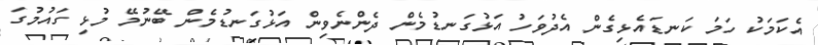
އެކަމަކު ހަމަ ކަނޑައެޅިގެން އެދުވަހު އަޅުގަނޑުމެން ދެންނެވިން އަޅުގަނޑުމެން ބޭނުމޭ މުޅި ގައުމުގަ